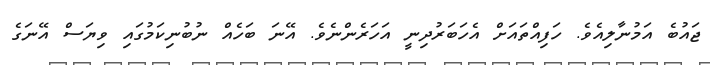
ޖައުބެ އަމުނާލިއެވެ. ހަފިއްތައަށް އެހަބަރުދިނީ އަހަރެންނެވެ. އޭނަ ބަހެއް ނުބުނިކަމުގައި ވިޔަސް އޭނަގެ